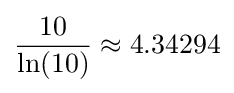
{10 \over \ln(10)}\approx 4.34294